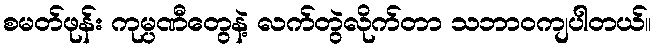
စမတ်ဖုန်း ကုမ္ပဏီတွေနဲ့ လက်တွဲလိုက်တာ သဘာဝကျပါတယ်။